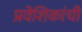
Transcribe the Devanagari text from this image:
प्रवेशिकांची